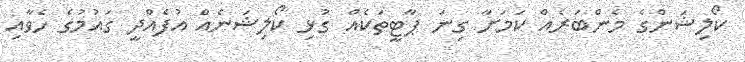
ކޯލިޝަންގެ މެންބަރެއް ކަމަށާ ގިނަ ޕާޓީތަކެއް ގުޅި ކޯލިޝަނެއް އުފެއްދީ ގައުމުގެ ހެވާއި